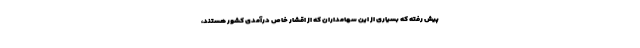
پیش رفته که بسیاری از این سهامداران که از اقشار خاص درآمدی کشور هستند،